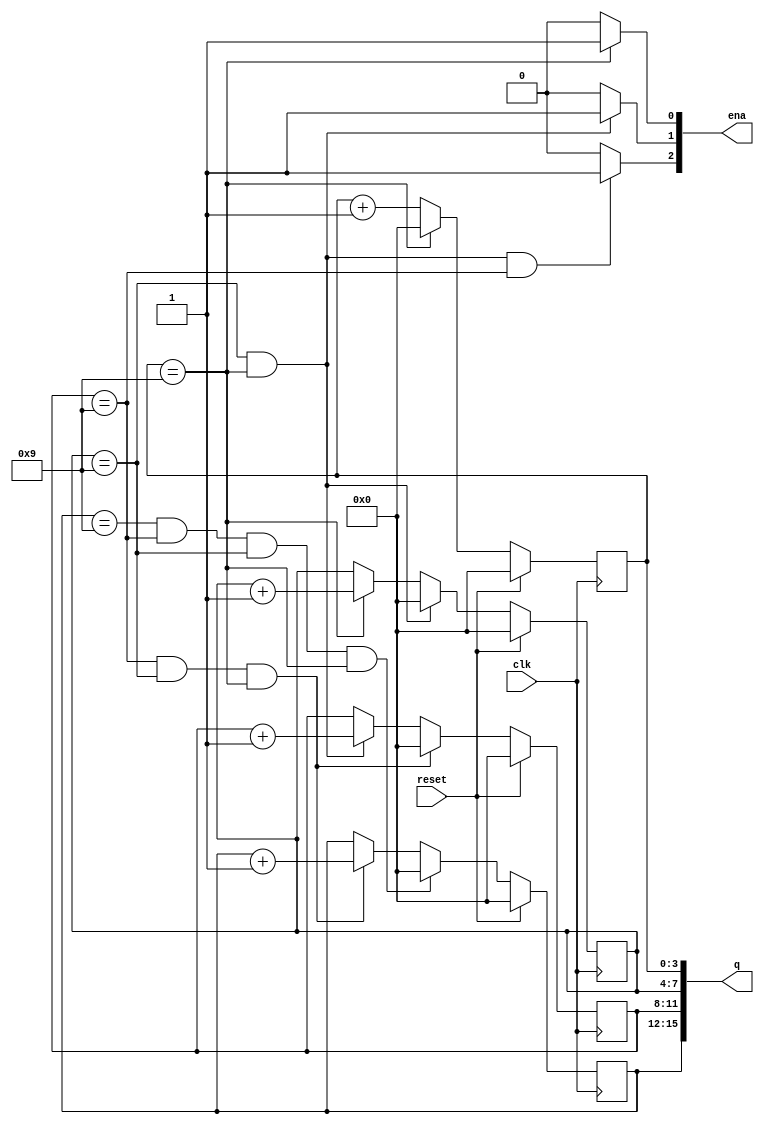
module bcd_counter (
    //4BCD()
    //4:q[3:0]q[7:4]
    //
    input clk,
    input reset,   // Synchronous active-high reset
    output [3:1] ena,
    output [15:0] q);
    
    reg [3:0] ones;
    reg [3:0] tens;
    reg [3:0] hundreds;
    reg [3:0] thousands;
    
    always @(posedge clk) begin
        if(reset)begin
            ones <= 4'b0;
        end
        else if(ones == 4'd9)begin
            ones <=4'b0;
        end
        else begin
            ones <= ones + 4'd1;
        end
    end
    
    always @(posedge clk)begin
        if(reset)begin
            tens <= 4'b0;
        end
        else if(tens == 4'd9 && ones == 4'd9)begin
            tens <= 4'b0;
        end
        else if(ones == 4'd9)begin
            tens <= tens + 4'd1;
        end
    end
    
    always @(posedge clk)begin
        if(reset)begin
            hundreds <= 4'b0;
        end
        else if(hundreds == 4'd9 && tens == 4'd9 && ones == 4'd9)begin
            hundreds <= 4'b0;
        end
        else if(tens == 4'd9 && ones == 4'd9) begin
            hundreds <= hundreds + 4'd1;
        end
    end
    
    always @(posedge clk)begin
        if(reset)begin
            thousands <= 4'b0;
        end
        else if(thousands == 4'd9 && hundreds == 4'd9 && tens == 4'd9 && ones == 4'd9)begin
            thousands <= 4'b0;
        end
        else if(hundreds == 4'd9 && tens == 4'd9 && ones == 4'd9)begin
            thousands <= thousands + 4'd1;
        end
    end
    
    assign q = {thousands,hundreds,tens,ones};
    assign ena[1] = (ones == 4'd9) ? 1'b1 : 1'b0;
    assign ena[2] = ((ones == 4'd9) && (tens == 4'd9)) ? 1'b1 : 1'b0;
    assign ena[3] = ((ones == 4'd9) && (tens == 4'd9) && (hundreds == 4'd9)) ? 1'b1 : 1'b0;

endmodule